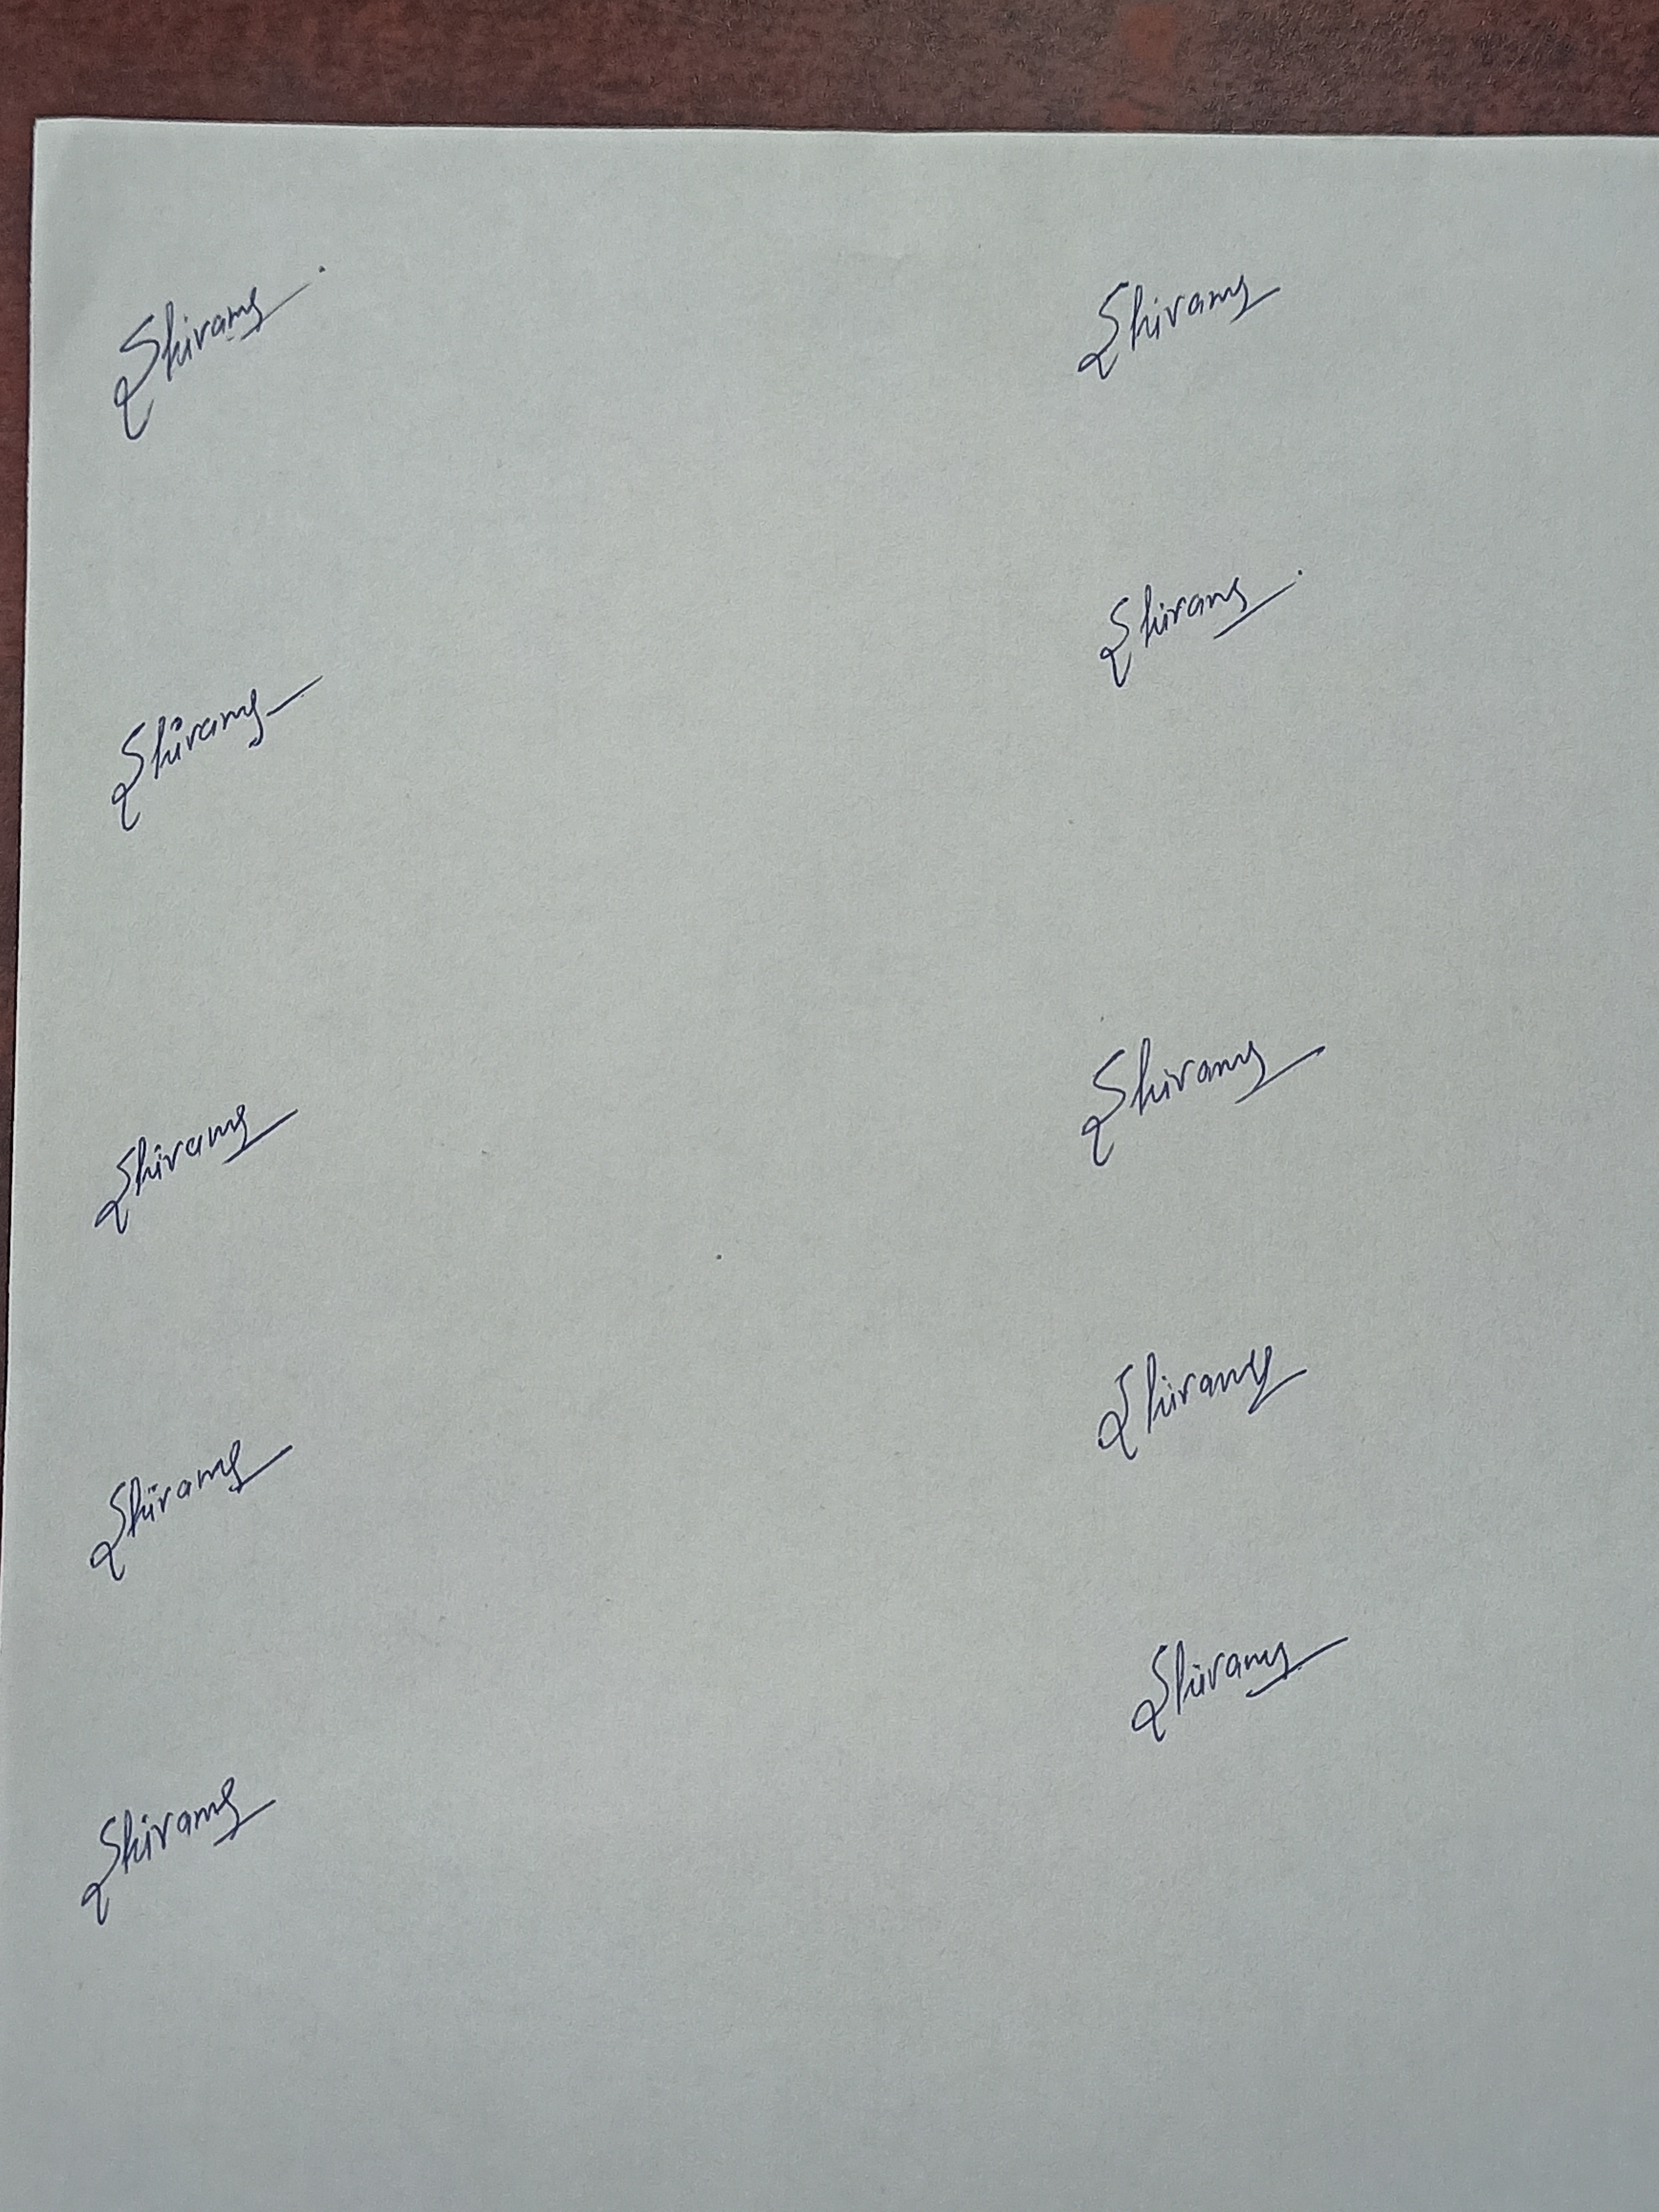
Signature authenticity: genuine